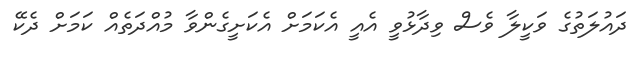
ދައުލަތުގެ ވަކީލާ ވެސް ވިދާޅުވީ އެއީ އެކަމަށް އެކަށީގެންވާ މުއްދަތެއް ކަމަށް ދެކޭ